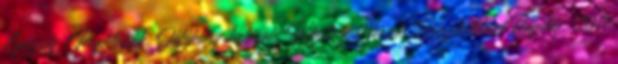
Egészség, Praktikák, Jótékony hatások, Házilag, Versek, Húszholdas Pagony: 2011